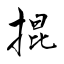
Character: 掍